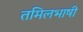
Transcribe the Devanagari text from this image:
तमिलभाषी